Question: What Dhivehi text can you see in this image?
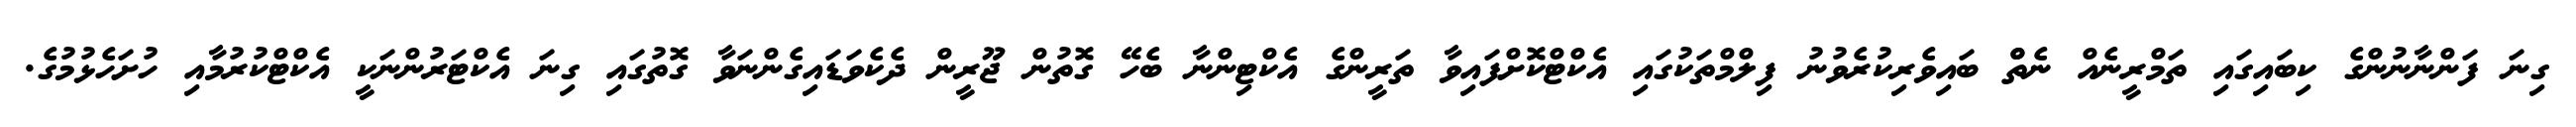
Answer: ގިނަ ފަންނާނުންގެ ކިބައިގައި ތަމްރީނެއް ނެތްް ބައިވެރިކުރެވުނު ފިލްމްތަކުގައި އެކްޓްކޮށްފައިވާ ތަރީންގެ އެކްޓިންނާ ބެހޭ ގޮތުން ޖޫރީން ދެކެވަޑައިގެންނަވާ ގޮތުގައި ގިނަ އެކްޓަރުންނަކީ އެކްޓްކުރުމާއި ހުށަހެޅުމުގެ.